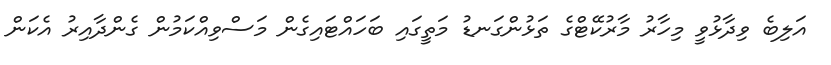
އަލިބެ ވިދާޅުވީ މިހާރު މާރުކޭޓްގެ ތަޅުންގަނޑު މަތީގައި ބަހައްޓައިގެން މަސްވިއްކަމުން ގެންދާއިރު އެކަން